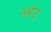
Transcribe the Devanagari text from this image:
आंठ